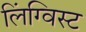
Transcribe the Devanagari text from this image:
लिंग्विस्ट